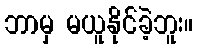
ဘာမှ မယူနိုင်ခဲ့ဘူး။